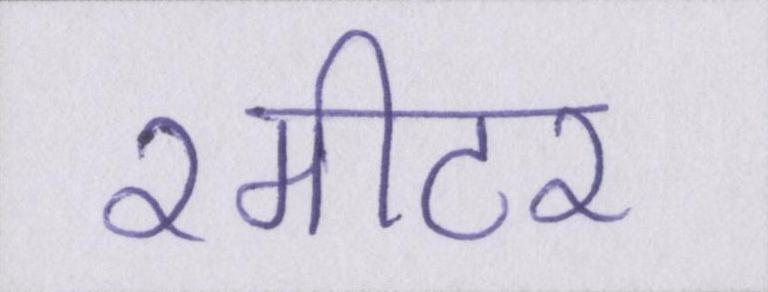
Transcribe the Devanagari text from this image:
२मीटर